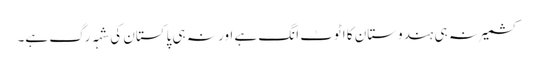
کشمیر نہ ہی ہندوستان کا اٹوٹ انگ ہے اور نہ ہی پاکستان کی شہہ رگ ہے۔